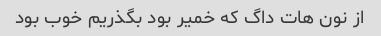
از نون هات داگ که خمیر بود بگذریم خوب بود